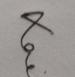
Signature authenticity: genuine